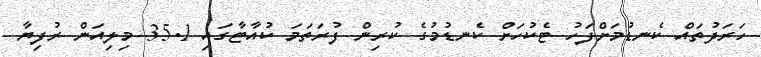
ހަރަދުތައް ކެނޑުމަށްފަހު ޓެކުހަށް ކެނޑުމުގެ ކުރިން ފުރަތަމަ ކުއާޓާގައި 35.1 މިލިއަން ރުފިޔާ